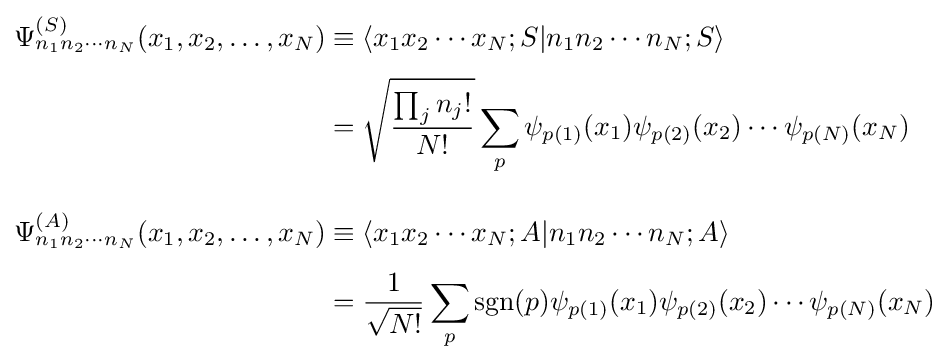
{\begin{aligned}\Psi _{n_{1}n_{2}\cdots n_{N}}^{(S)}(x_{1},x_{2},\ldots ,x_{N})&\equiv \langle x_{1}x_{2}\cdots x_{N};S|n_{1}n_{2}\cdots n_{N};S\rangle \\[4pt]&={\sqrt {\frac {\prod _{j}n_{j}!}{N!}}}\sum _{p}\psi _{p(1)}(x_{1})\psi _{p(2)}(x_{2})\cdots \psi _{p(N)}(x_{N})\\[10pt]\Psi _{n_{1}n_{2}\cdots n_{N}}^{(A)}(x_{1},x_{2},\ldots ,x_{N})&\equiv \langle x_{1}x_{2}\cdots x_{N};A|n_{1}n_{2}\cdots n_{N};A\rangle \\[4pt]&={\frac {1}{\sqrt {N!}}}\sum _{p}\mathrm {sgn} (p)\psi _{p(1)}(x_{1})\psi _{p(2)}(x_{2})\cdots \psi _{p(N)}(x_{N})\end{aligned}}